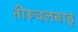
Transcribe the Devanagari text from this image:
तीरूवलबाडु